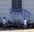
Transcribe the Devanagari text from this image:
तिरुवट्टार